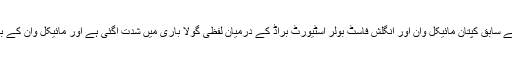
02 جون2018ء) انگلینڈ کے سابق کپتان مائیکل وان اور انگلش فاسٹ بولر اسٹیورٹ براڈ کے درمیان لفظی گولا باری میں شدت آگئی ہے اور مائیکل وان کے بیان پر براڈ چراغ پا ہوگئے۔